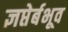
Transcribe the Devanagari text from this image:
ज्ञप्तेर्बभूव